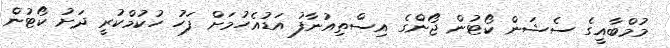
މުމްބާއީގެ ސެޝަން ކޯޓުން ޖޯންގެ އިސްތިއުނާފު އަޑުއެހުމަށް ފަހު ހުކުމްކުރީ ދަށު ކޯޓުން